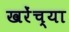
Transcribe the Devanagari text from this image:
खरेंच्या